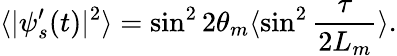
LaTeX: \langle|\psi_{s}^{\prime}(t)|^{2}\rangle=\sin^{2}2\theta_{m}\langle\sin^{2}{\frac{\tau}{2L_{m}}}\rangle.